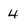
Character: 4